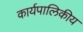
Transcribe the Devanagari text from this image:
कार्यपालिकीय